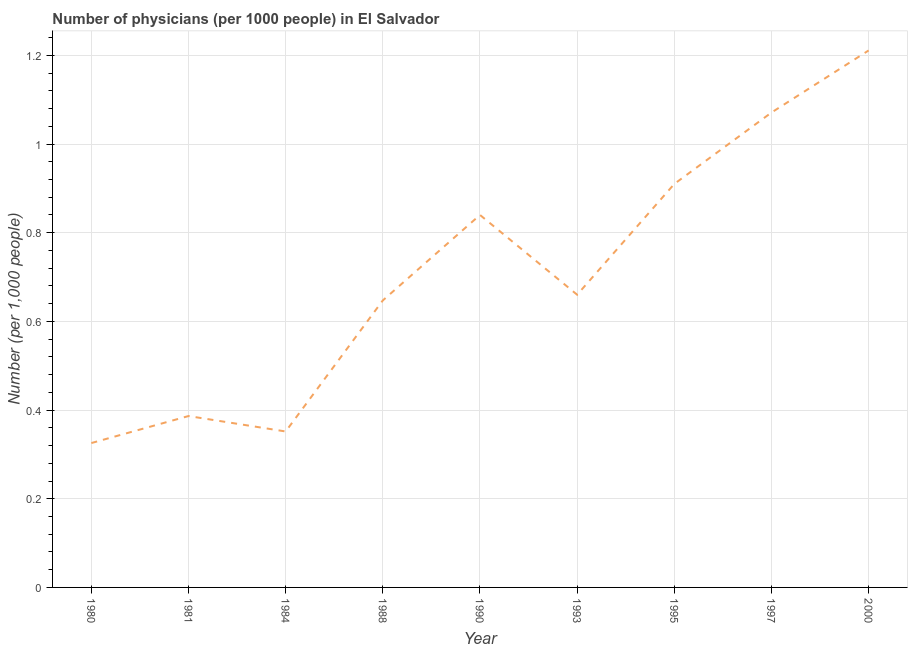
| Year | Physicians |
 | --- | --- |
 | 1980 | 0.326 |
 | 1981 | 0.387 |
 | 1984 | 0.352 |
 | 1988 | 0.647 |
 | 1990 | 0.84 |
 | 1993 | 0.66 |
 | 1995 | 0.91 |
 | 1997 | 1.07 |
 | 2000 | 1.21 |